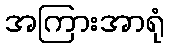
အကြားအာရုံ